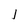
Character: l